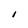
Character: I